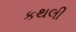
કથલી